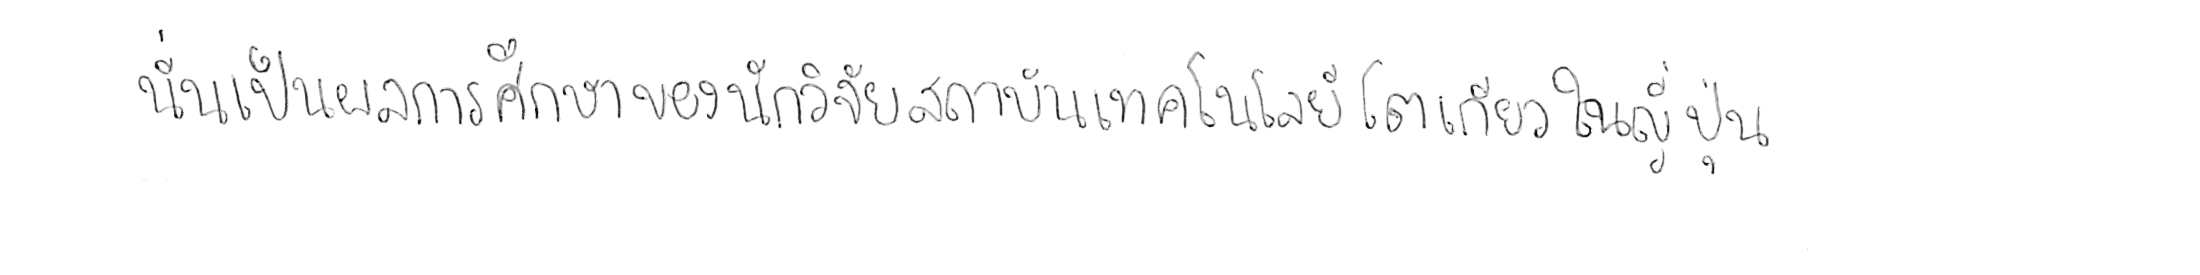
นั่นเป็นผลการศึกษาของนักวิจัยสถาบันเทคโนโลยีโตเกียว ในญี่ปุ่น